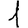
Digit: 1